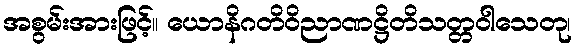
အစွမ်းအားဖြင့်။ ယောနိဂတိဝိညာဏဋ္ဌိတိသတ္တဝါသေတု၊